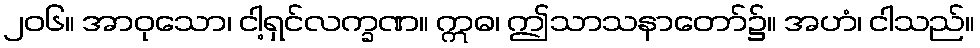
၂၀၆။ အာဝုသော၊ ငါ့ရှင်လက္ခဏ။ ဣဓ၊ ဤသာသနာတော်၌။ အဟံ၊ ငါသည်။